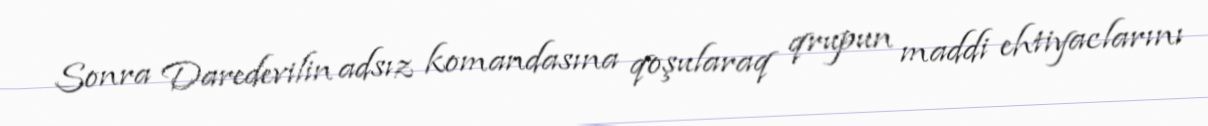
Sonra Daredevilin adsız komandasına qoşularaq qrupun maddi ehtiyaclarını